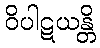
ဝိပါဋယန္တိ